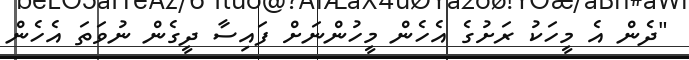
"ދެން އެ މީހަކު ރަށުގެ އެހެން މީހުންނަށް ފައިސާ ދީގެން ނުވަތަ އެހެން